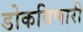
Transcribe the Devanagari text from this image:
डोकविणारी